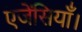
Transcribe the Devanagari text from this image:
एजेंसियाँ।